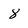
Character: 8